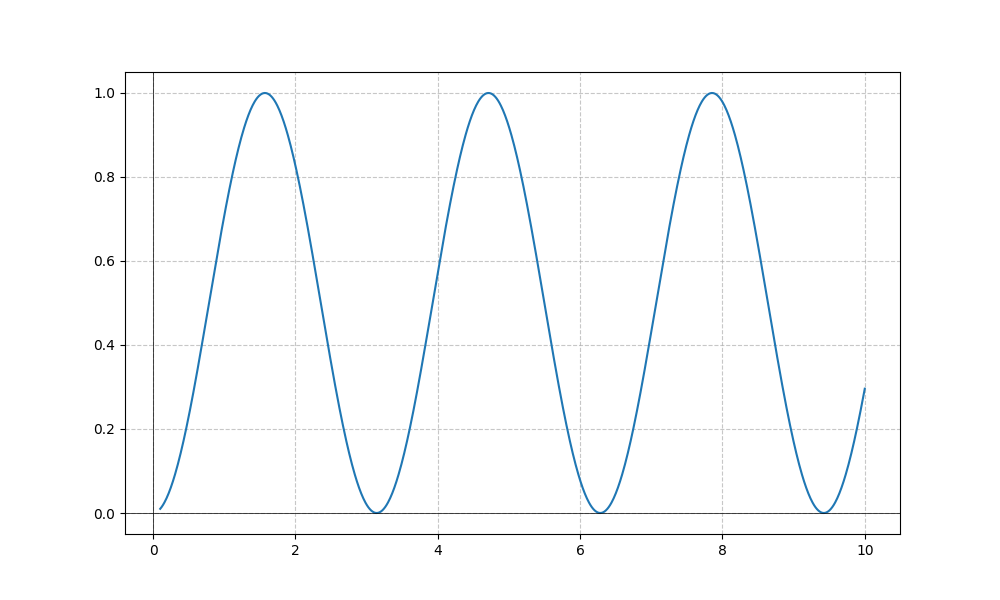
LaTeX formula: \sin^{2}{\left(x \right)}